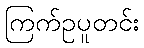
ကြက်ဥပူတင်း